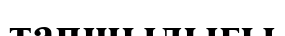
тапшылығы